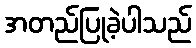
အတည်ပြုခဲ့ပါသည်